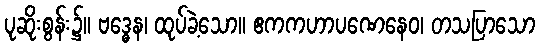
ပုဆိုးစွန်း၌။ ဗဒ္ဓေန၊ ထုပ်ခဲ့သော။ ဧကကဟာပဏေနေဝ၊ တသပြာသော